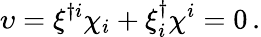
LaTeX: \upsilon=\xi^{\dagger i}\chi_{i}+\xi_{i}^{\dagger}\chi^{i}=0\, .